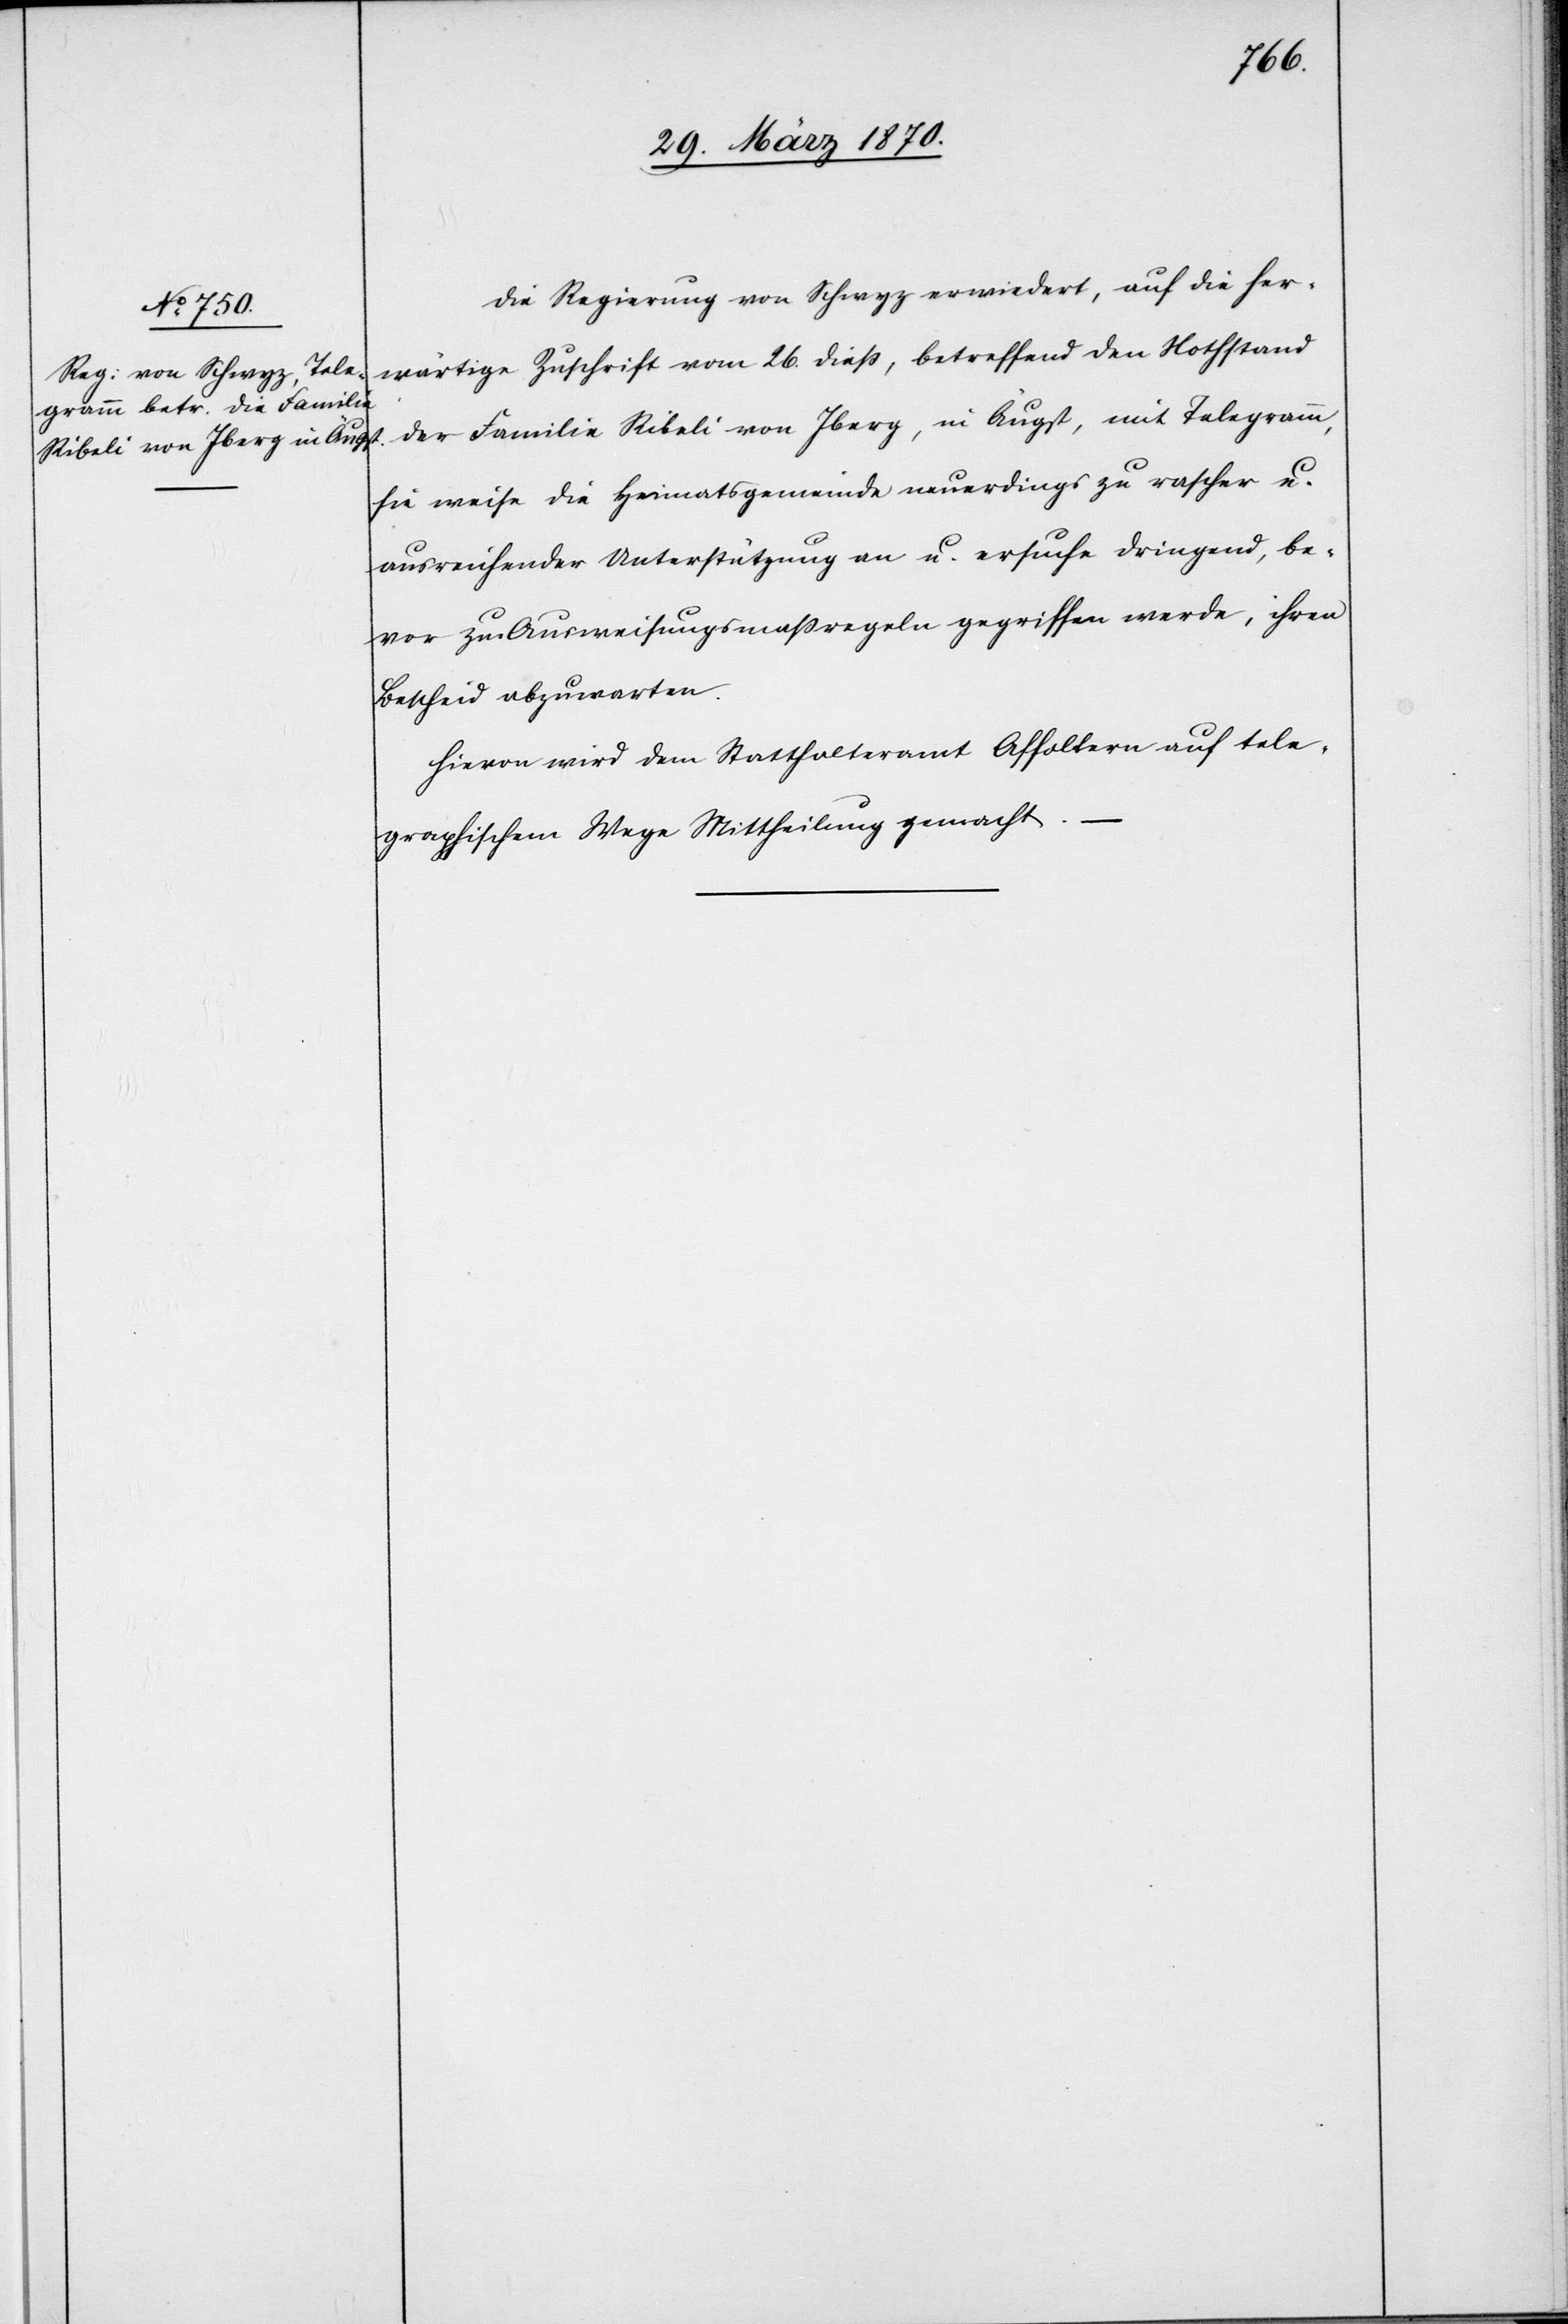
31. März 1870.]
Die Regierung von Schwyz erwiedert, auf die her¬
wärtige Zuschrift vom 26. dieß, betreffend den Nothstand
der Familie Ribeli von Iberg, in Äugst, mit Telegramm,
sie weise die Heimatsgemeinde neuerdings zu rascher u.
ausreichender Unterstützung an u. ersuche dringend, be¬
vor zu Ausweisungsmaßregeln gegriffen werde, ihren
Bescheid abzuwarten.
Hievon wird dem Statthalteramt Affoltern auf tele¬
graphischem Wege Mittheilung gemacht.